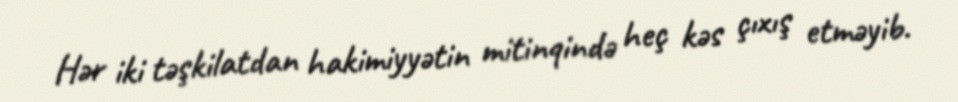
Hər iki təşkilatdan hakimiyyətin mitinqində heç kəs çıxış etməyib.